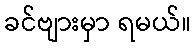
ခင်ဗျားမှာ ရမယ်။